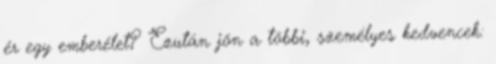
ér egy emberélet? Ezután jön a többi, személyes kedvencek: